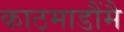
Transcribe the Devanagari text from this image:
काठमाडौंमै